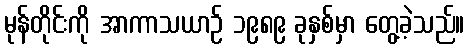
မုန်တိုင်းကို အာကာသယာဉ် ၁၉၈၉ ခုနှစ်မှာ တွေ့ခဲ့သည်။